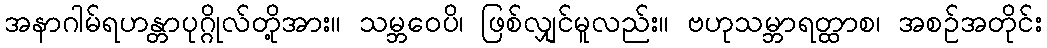
အနာဂါမ်ရဟန္တာပုဂ္ဂိုလ်တို့အား။ သမ္ဘဝေပိ၊ ဖြစ်လျှင်မူလည်း။ ဗဟုသမ္ဘာရတ္ထာစ၊ အစဉ်အတိုင်း